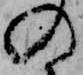
の